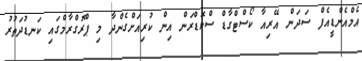
އެމްއެންޑީއެފް ސަދަން އޭރިއާ ކޯސްޓްގާޑް ސްކޮޑްރަން އިން ކުރިއަށްގެންދާ މި ޕްރޮގްރާމްގައި ކަނޑުދަތުރު